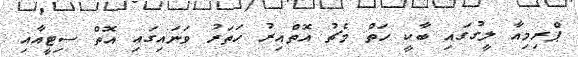
ޕްރިމިއާ ލީގުގައި ބާކީ ހަތް މެޗު އޮތްއިރު ހަތަރު ވަނައިގައި އޮތް ސިޓީއާއި